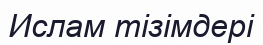
Ислам тізімдері